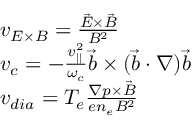
\begin{array} { r l } & { { v } _ { E \times B } = \frac { \vec { E } \times \vec { B } } { B ^ { 2 } } } \\ & { { v } _ { c } = - \frac { v _ { | | } ^ { 2 } } { \omega _ { c } } \vec { b } \times ( \vec { b } \cdot \nabla ) \vec { b } } \\ & { { v } _ { d i a } = T _ { e } \frac { \nabla p \times \vec { B } } { e n _ { e } B ^ { 2 } } } \end{array}